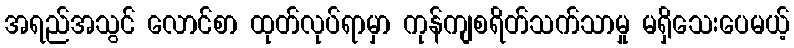
အရည်အသွင် လောင်စာ ထုတ်လုပ်ရာမှာ ကုန်ကျစရိတ်သက်သာမှု မရှိသေးပေမယ့်